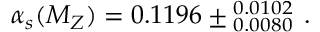
\alpha _ { s } ( M _ { Z } ) = 0 . 1 1 9 6 \pm _ { \; 0 . 0 0 8 0 } ^ { \; 0 . 0 1 0 2 } \, .